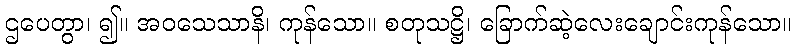
ဌပေတွာ၊ ၍။ အဝသေသာနိ၊ ကုန်သော။ စတုသဋ္ဌိ၊ ခြောက်ဆဲ့လေးချောင်းကုန်သော။